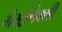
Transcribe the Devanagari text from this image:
गैस्ट्रोपेक्सी